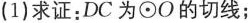
(1)求证：DC为\odot O的切线；